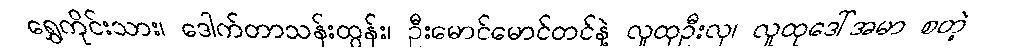
ရွှေကိုင်းသား၊ ဒေါက်တာသန်းထွန်း၊ ဦးမောင်မောင်တင်နဲ့ လူထုဦးလှ၊ လူထုဒေါ်အမာ စတဲ့